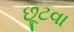
છૂટવા